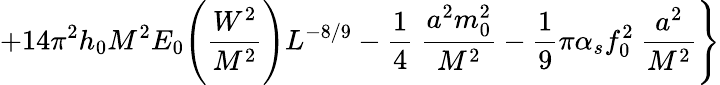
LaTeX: \left.+14\pi^{2}h_{0}M^{2}E_{0}\Biggl(\frac{W^{2}}{M^{2}}\Biggr)L^{-8/9}-\frac{1}{4}~\frac{a^{2}m_{0}^{2}}{M^{2}}-\frac{1}{9}\pi\alpha_{s}f_{0}^{2}~\frac{a^{2}}{M^{2}}\right\}